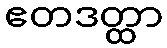
ဧတဒတ္ထာ